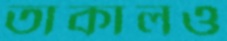
তাকালও